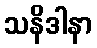
သနိဒါနာ